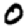
Digit: 0